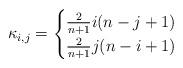
LaTeX: \begin{align*} \kappa_{i,j} = \begin{cases} \frac{2}{n + 1}i(n - j + 1) & \\ \frac{2}{n + 1}j(n - i + 1) & \end{cases}\end{align*}